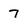
Character: 7